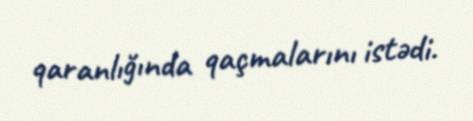
qaranlığında qaçmalarını istədi.